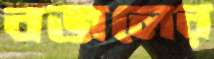
বজলের